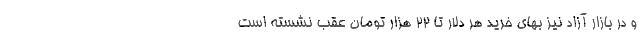
و در بازار آزاد نیز بهای خرید هر دلار تا ۲۲ هزار تومان عقب نشسته است